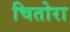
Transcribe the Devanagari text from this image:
चितोरा